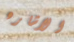
الاشاره